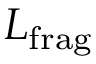
{ L } _ { \mathrm { f r a g } }